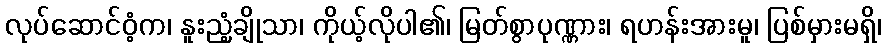
လုပ်ဆောင်ဝံ့က၊ နူးညံ့ချိုသာ၊ ကိုယ့်လိုပါ၏၊ မြတ်စွာပုဏ္ဏား၊ ရဟန်းအားမူ၊ ပြစ်မှားမရှိ၊